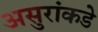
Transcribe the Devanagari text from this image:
असुरांकडे